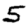
Digit: 5